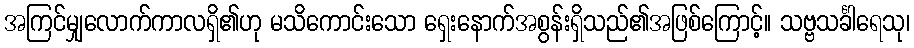
အကြင်မျှလောက်ကာလရှိ၏ဟု မသိကောင်းသော ရှေးနောက်အစွန်းရှိသည်၏အဖြစ်ကြောင့်။ သဗ္ဗသင်္ခါရေသု၊